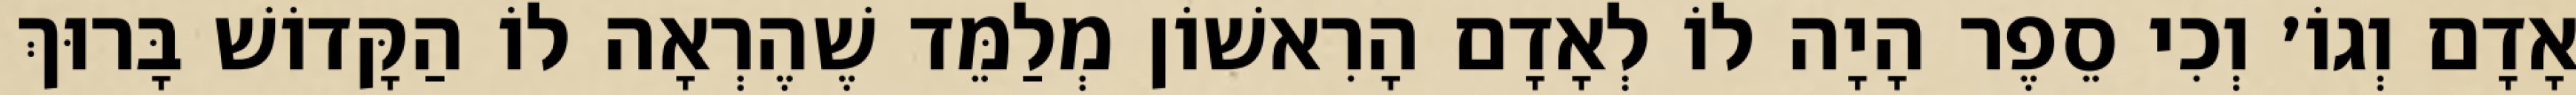
אָדָם וְגוֹ׳ וְכִי סֵפֶר הָיָה לוֹ לְאָדָם הָרִאשׁוֹן מְלַמֵּד שֶׁהֶרְאָה לוֹ הַקָּדוֹשׁ בָּרוּךְ